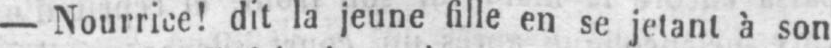
- Nourrice! dit la jeune fille en se jetant à son